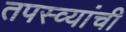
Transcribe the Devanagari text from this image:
तपस्व्यांची